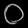
Digit: ၀